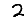
Digit: 2